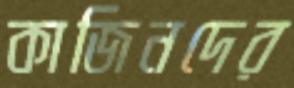
কাজিনদের